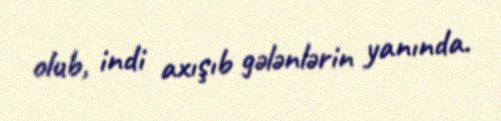
olub, indi axışıb gələnlərin yanında.